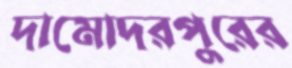
দামোদরপুরের